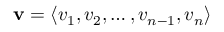
\mathbf { v } = \langle v _ { 1 } , v _ { 2 } , \dots , v _ { n - 1 } , v _ { n } \rangle